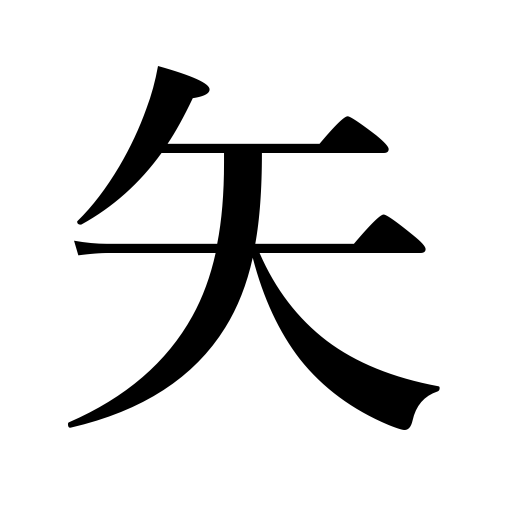
Meanings: arrow